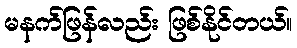
မနက်ဖြန်လည်း ဖြစ်နိုင်တယ်။